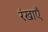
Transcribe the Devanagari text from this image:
रंखाएँ